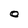
Character: O